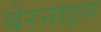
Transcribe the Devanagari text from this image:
बेरनाइस